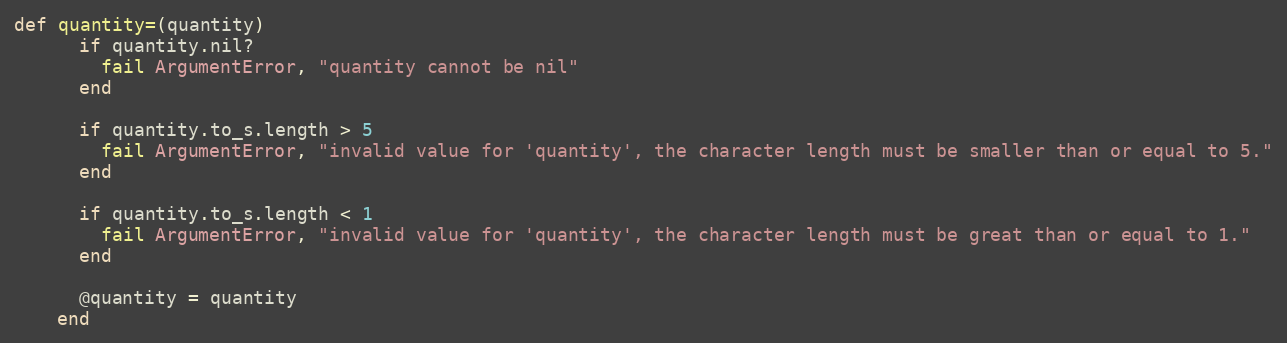
Language: Ruby
def quantity=(quantity)
      if quantity.nil?
        fail ArgumentError, "quantity cannot be nil"
      end

      if quantity.to_s.length > 5
        fail ArgumentError, "invalid value for 'quantity', the character length must be smaller than or equal to 5."
      end

      if quantity.to_s.length < 1
        fail ArgumentError, "invalid value for 'quantity', the character length must be great than or equal to 1."
      end

      @quantity = quantity
    end